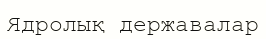
Ядролық державалар